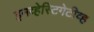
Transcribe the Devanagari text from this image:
इनव्हेस्टिगेटीव्ह